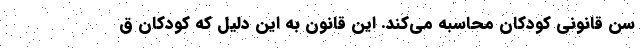
سن قانونی کودکان محاسبه می‌کند. این قانون به این دلیل که کودکان ق